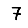
Digit: 7